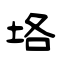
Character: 垎